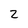
Character: 2